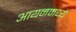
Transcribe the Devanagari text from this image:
आयनमध्ये